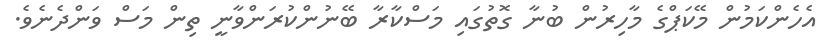
އެހެންކަމުން މޭކަޕްގެ މާހިރުން ބުނާ ގޮތުގައި މަސްކާރާ ބޭނުންކުރަންވާނީ ތިން މަސް ވަންދެނެވެ.